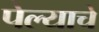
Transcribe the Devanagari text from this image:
पेल्याचे